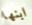
ابنها